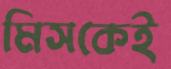
মিসকেই